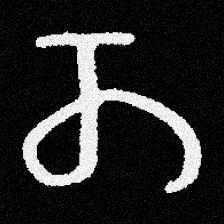
Pyu character \u2014 Myanmar letter: တ (romanized: ta)